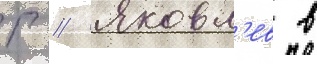
Г // Яковл'ев в